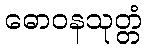
ဓောဝနသုတ္တံ